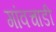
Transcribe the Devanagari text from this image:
गांवचाडी